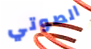
الصوتي